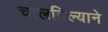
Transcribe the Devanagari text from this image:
चालविल्याने